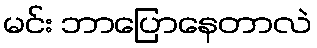
မင်း ဘာပြောနေတာလဲ